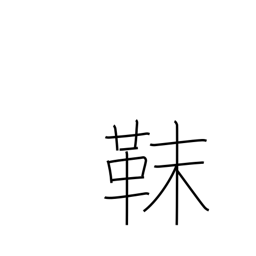
Meaning: Tungusic tribe